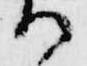
る